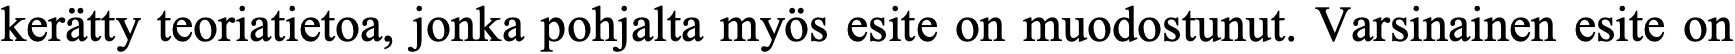
kerätty teoriatietoa, jonka pohjalta myös esite on muodostunut. Varsinainen esite on